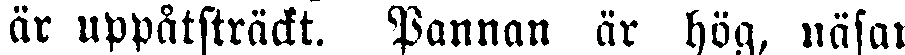
är uppåtsträckt. Pannan är hög, näsan